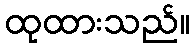
ထုထားသည်။